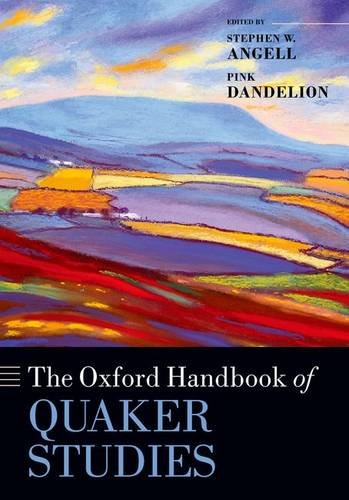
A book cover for The Oxford Handbook of Quaker Studies (Oxford Handbooks in Religion and Theology); Stephen W. Angell; Christian Books & Bibles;